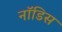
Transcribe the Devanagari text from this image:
नॉडिस